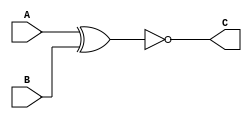
`timescale 1ns/1ns

module xnormod(A, B, C);
     input A;
     input B;
     output C;
     assign C = (~(A^B));

endmodule


module tb;
     
     reg A, B;
     wire C;
     xnormod ans(A, B, C);

     initial begin
        
        A = 0;
        B = 0;
        #3;
        $display("A=%b, B=%b, C=%b", A, B, C);
        #15;
        A = 0;
        B = 1;
        #4;
        $display("A=%b, B=%b, C=%b", A, B, C);
        #16
        A = 1;
        B = 0;
        #3;
        $display("A=%b, B=%b, C=%b", A, B, C);
        #15;
        A = 1;
        B = 1;
        #3;
        $display("A=%b, B=%b, C=%b", A, B, C);

     end 
endmodule